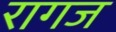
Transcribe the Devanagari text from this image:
रागज